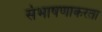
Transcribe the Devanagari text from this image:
संभाषणाकरता